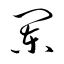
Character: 闌